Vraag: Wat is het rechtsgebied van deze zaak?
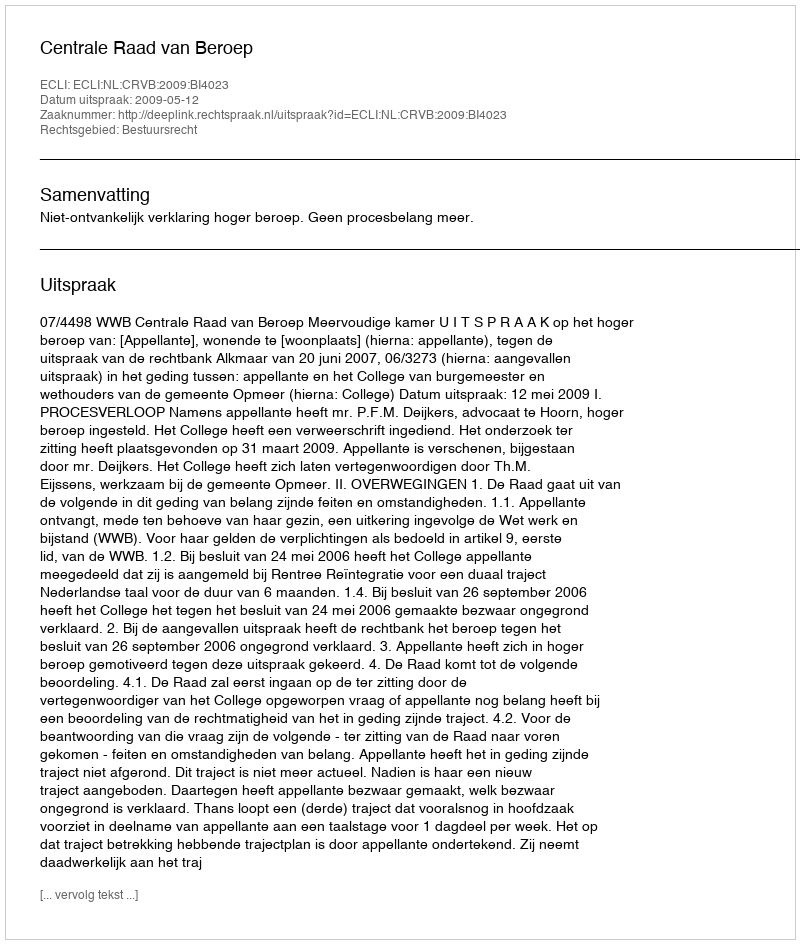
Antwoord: Bestuursrecht